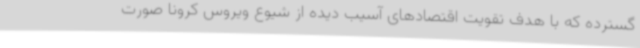
گسترده که با هدف تقویت اقتصادهای آسیب دیده از شیوع ویروس کرونا صورت